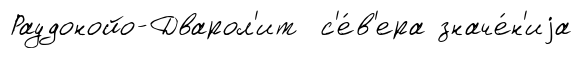
Раудонойо-Дварол'ит с'е́в'ера значе́н'иjа